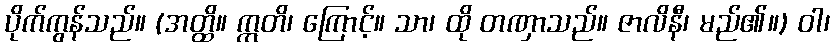
ပိုက်ကွန်သည်။ (အတ္ထိ။ ဣတိ၊ ကြောင့်။ သာ၊ ထို တဏှာသည်။ ဇာလိနီ၊ မည်၏။) ဝါ၊